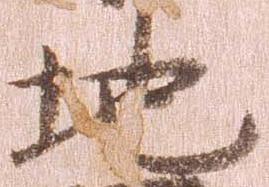
地